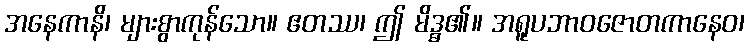
အနေကာနိ၊ များစွာကုန်သော။ ဧတဿ၊ ဤ မိဒ္ဓ၏။ အရူပဘာဝဇောတကာနေဝ၊